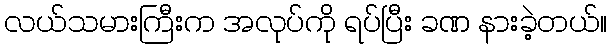
လယ်သမားကြီးက အလုပ်ကို ရပ်ပြီး ခဏ နားခဲ့တယ်။